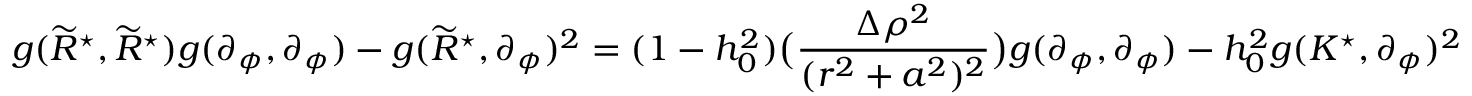
g ( \widetilde { R } ^ { \star } , \widetilde { R } ^ { \star } ) g ( \partial _ { \phi } , \partial _ { \phi } ) - g ( \widetilde { R } ^ { \star } , \partial _ { \phi } ) ^ { 2 } = ( 1 - h _ { 0 } ^ { 2 } ) \big ( \frac { \Delta \rho ^ { 2 } } { ( r ^ { 2 } + a ^ { 2 } ) ^ { 2 } } \big ) g ( \partial _ { \phi } , \partial _ { \phi } ) - h _ { 0 } ^ { 2 } g ( K ^ { \star } , \partial _ { \phi } ) ^ { 2 }